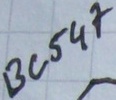
Text: BC547